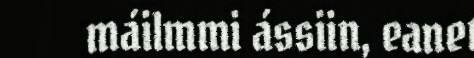
máilmmi ássiin, eanet